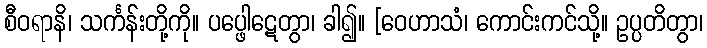
စီဝရာနိ၊ သင်္ကန်းတို့ကို။ ပပ္ဖေါဋေတွာ၊ ခါ၍။ [ဝေဟာသံ၊ ကောင်းကင်သို့။ ဥပ္ပတိတွာ၊